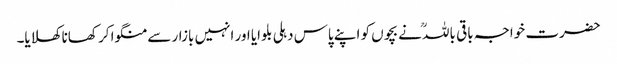
حضرت خواجہ باقی باللہؒ نے بچوں کو اپنے پاس دہلی بلوایا اور انہیں بازار سے منگوا کر کھانا کھلایا۔